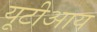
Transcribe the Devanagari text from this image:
यूटीआय